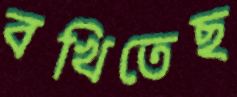
বখিতেছ